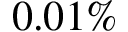
0 . 0 1 \%